Eesti_Rahvusfond, lk 60
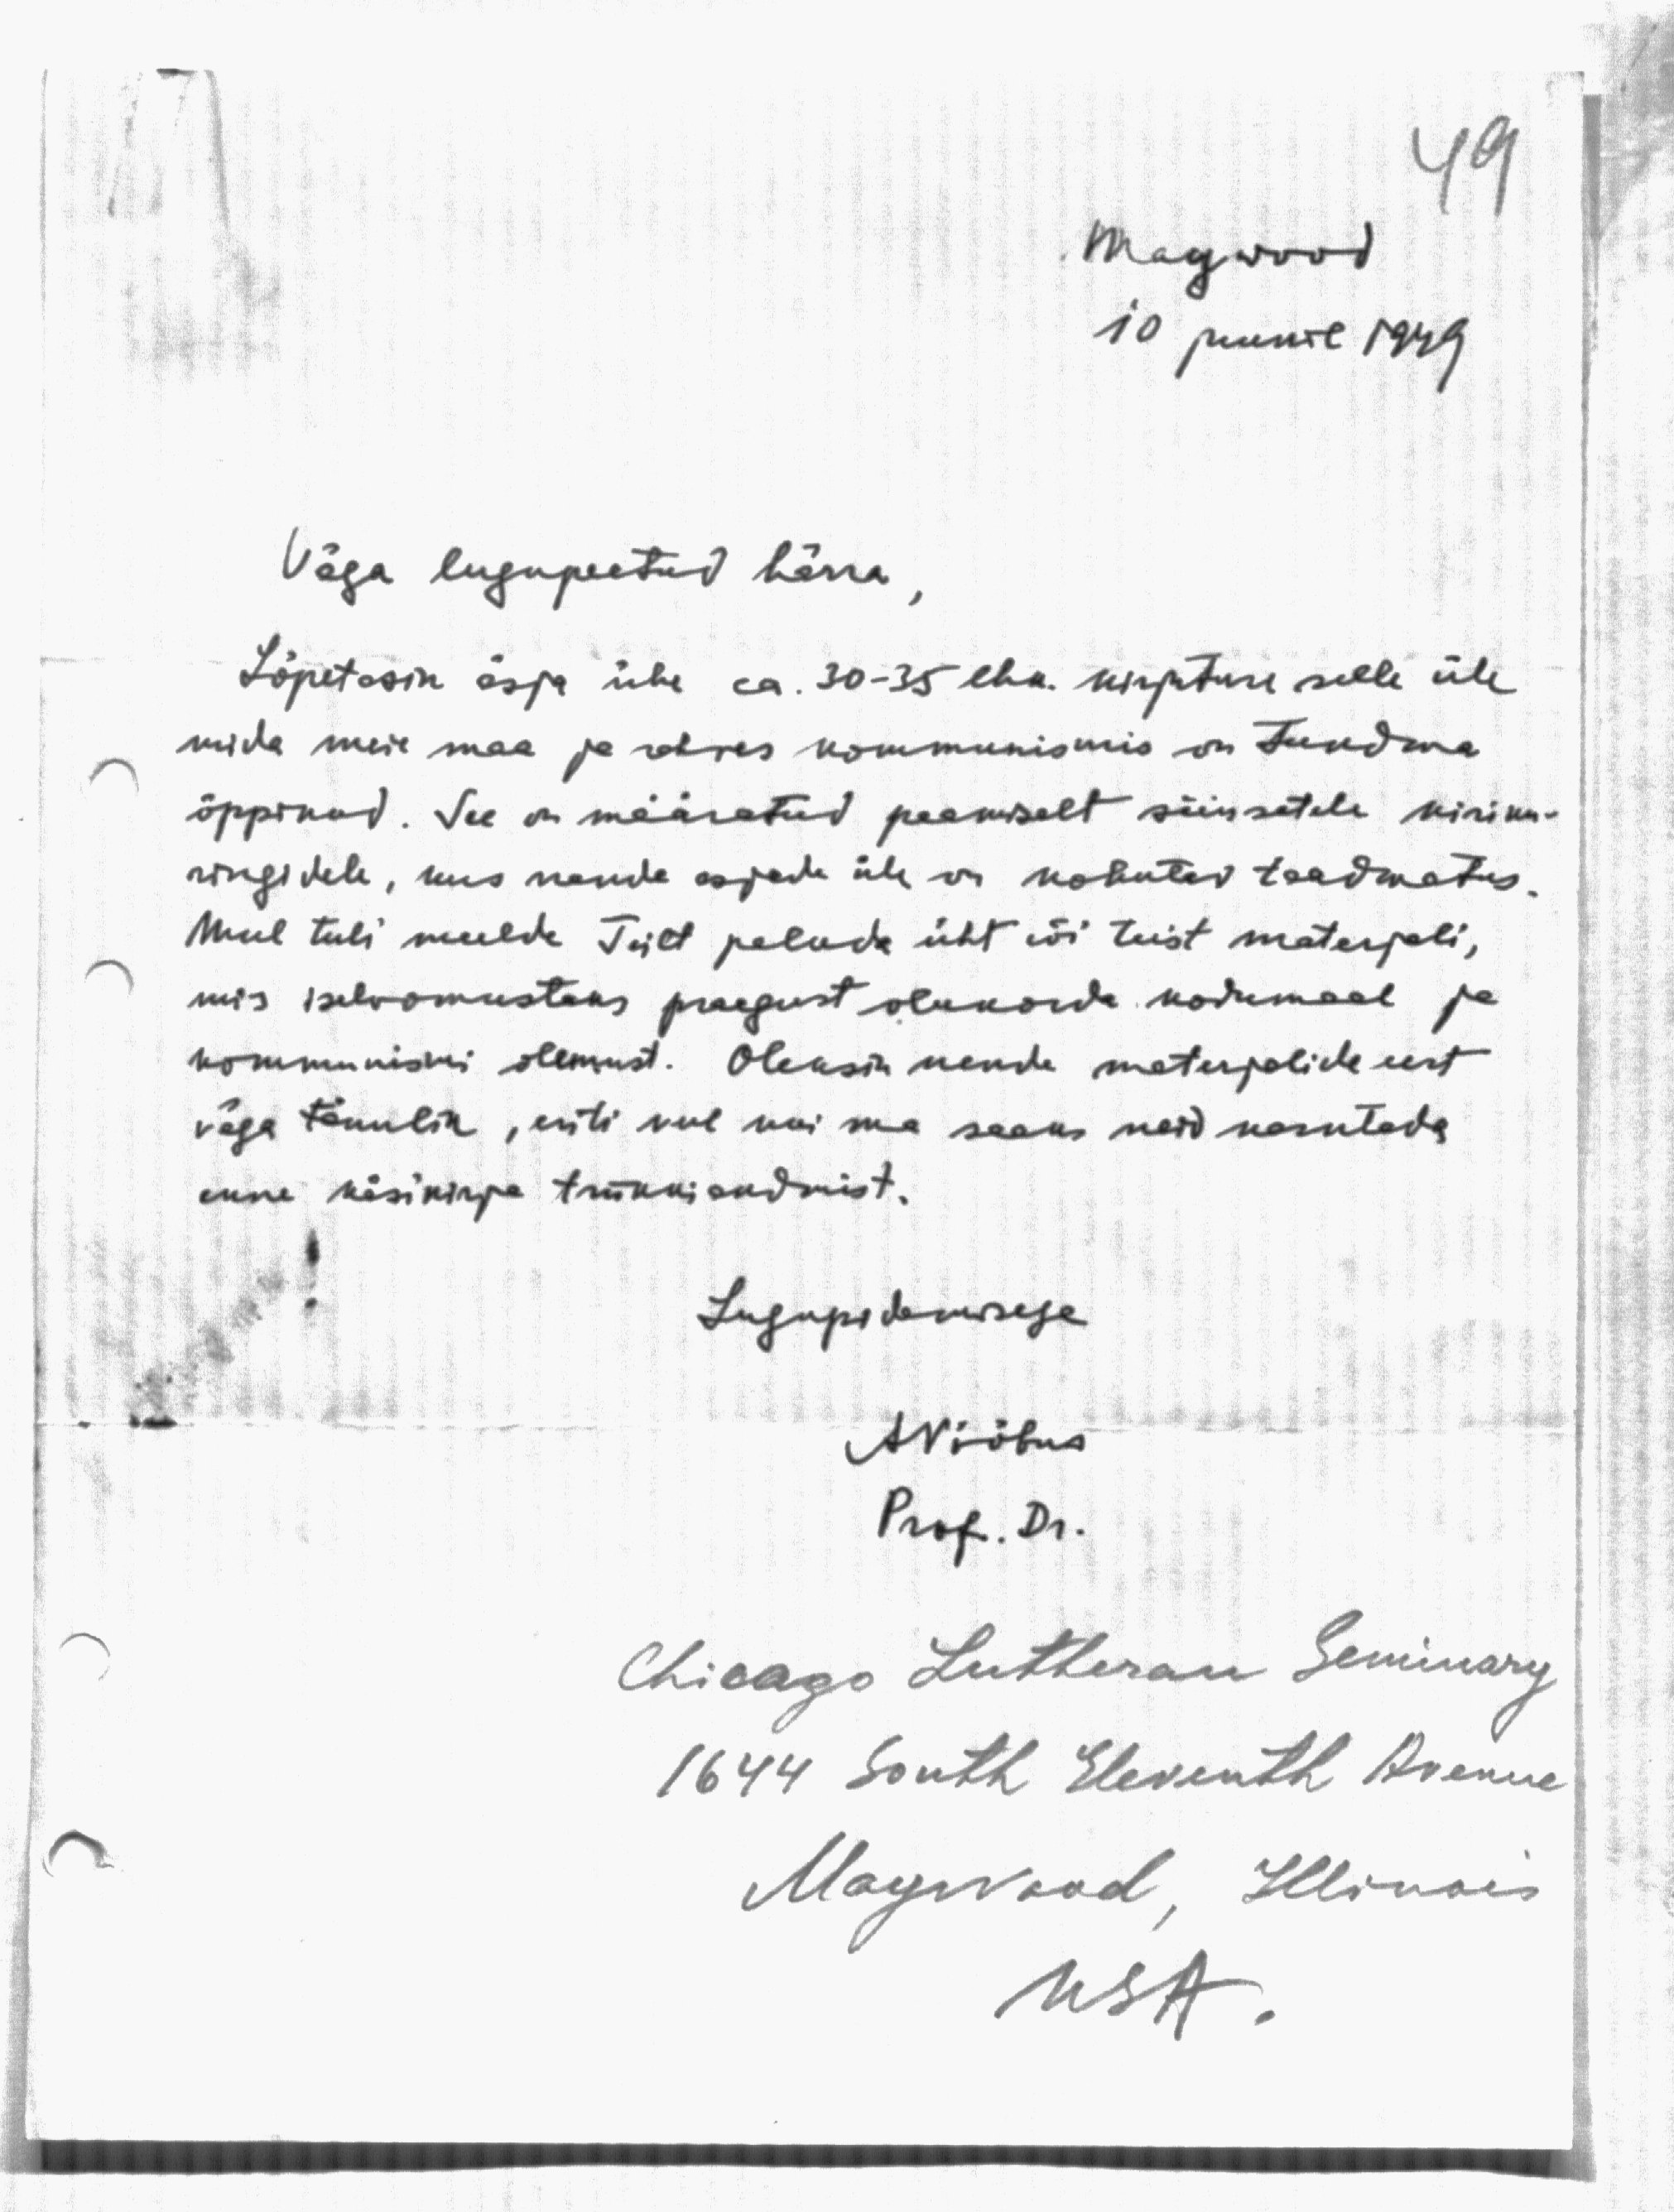
Maywood
10 juunil 1949

Väga lugupeetud härra
Lõpetasin äsja ühe ka 30-35 cha. kirjutuse selle üle
mida meie maa ja rahvas kommunismis on tundma
õppinud. See on määratud peamiselt siinsetele kiriku-
ringidele, kus nende asjade üle on kohutav teadmatus.
Mul tuli meelde Teilt paluda üht või teist materjali,
mis iseloomustaks praegust olukorda kodumaal ja
kommunismi olemust. Oleksin nende materjalide eest
väga tänulik, eriti veel kui ma saaks neid kasutada
enne käsikirja trükkiandmist.
Lugupidamisega

A.Nööbus
Prof. Dr.

Chicago Lutheran Seminary
1644 South Eleventh Avenue
Mayvood, Illinois
USA.